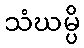
သံဃမ္ပိ